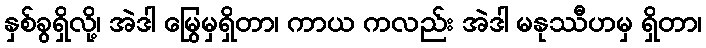
နှစ်ခွရှိလို့၊ အဲဒါ မြွေမှရှိတာ၊ ကာယ ကလည်း အဲဒါ မနုဿီဟမှ ရှိတာ၊